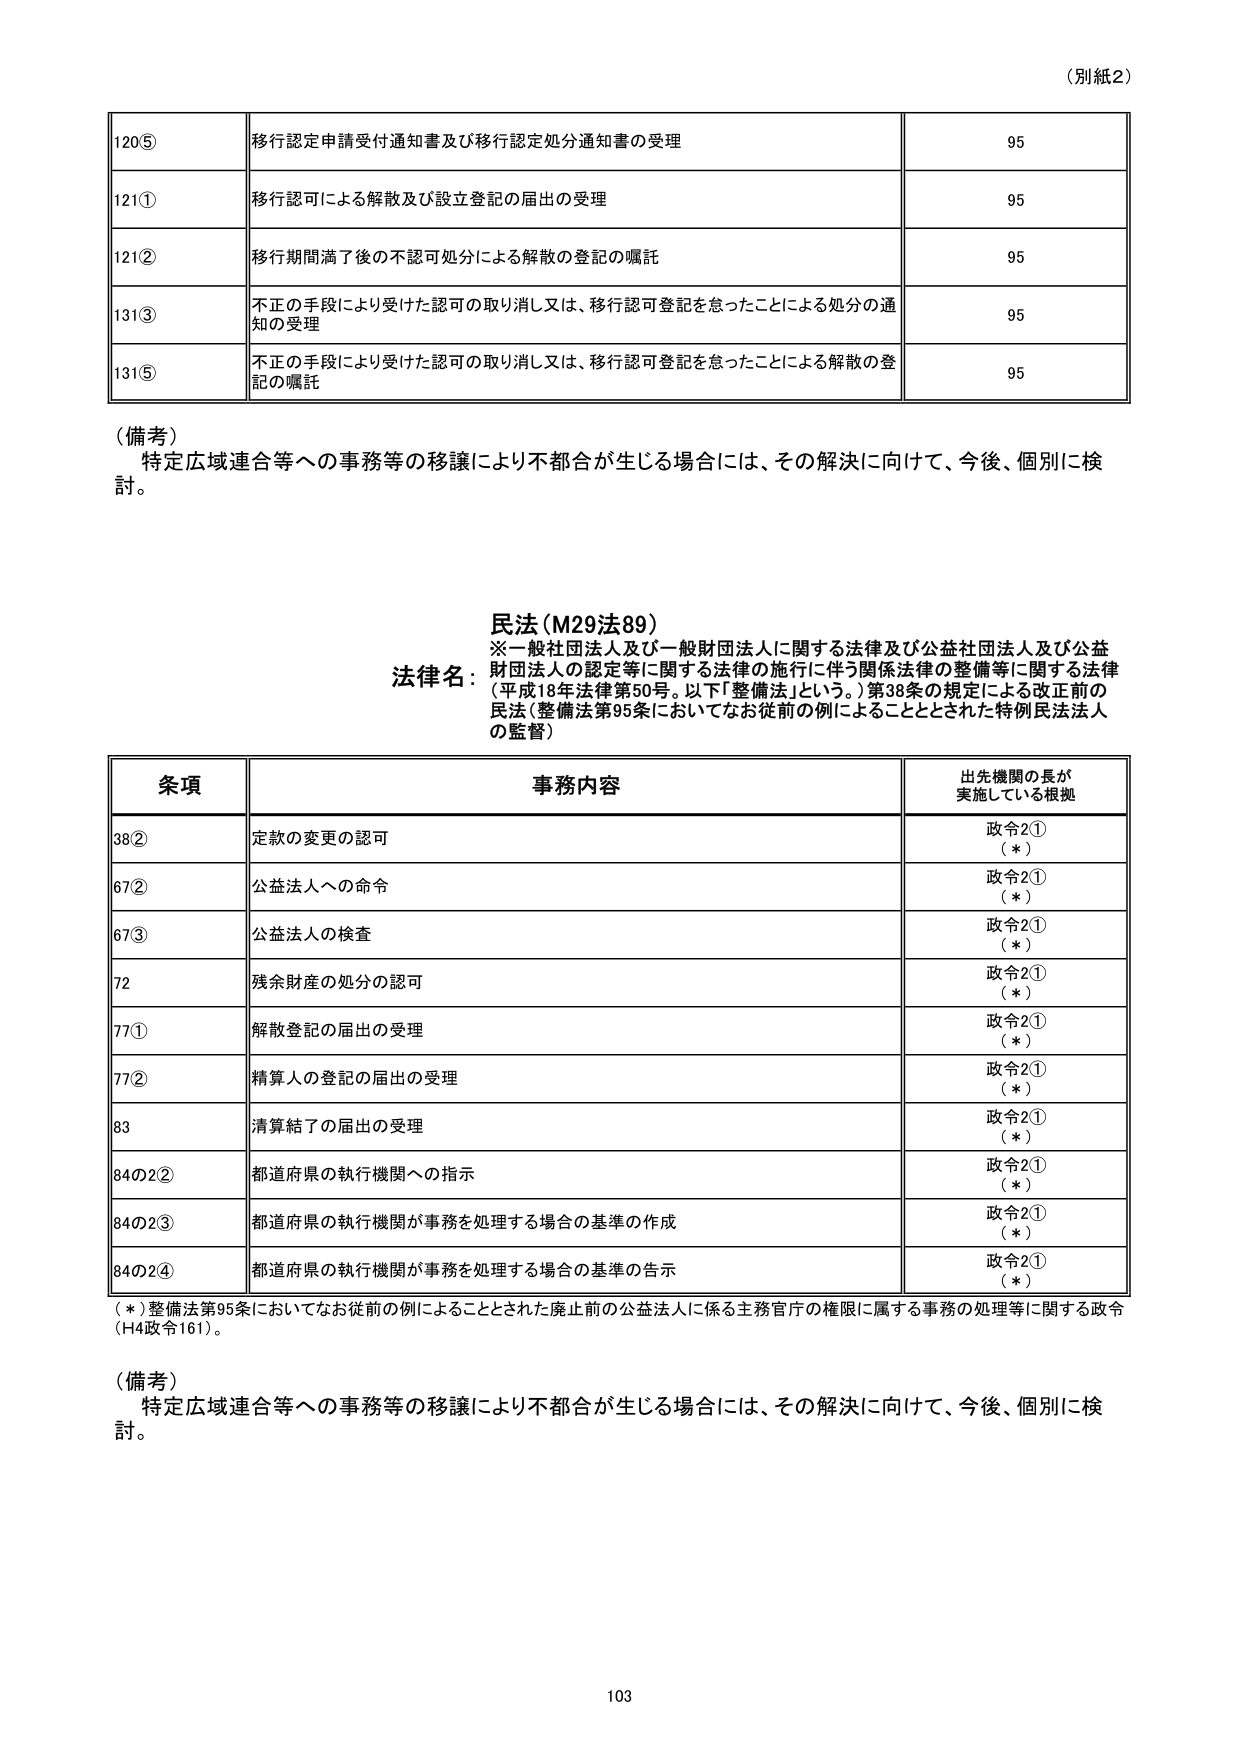
（別紙2）

120⑤ 移行認定申請受付通知書及び移行認定処分通知書の受理 95
121① 移行認可による解散及び設立登記の届出の受理 95
121② 移行期間満了後の不認可処分による解散の登記の嘱託 95
131③ 不正の手段により受けた認可の取り消し又は、移行認可登記を怠ったことによる処分の通知の受理 95
131⑤ 不正の手段により受けた認可の取り消し又は、移行認可登記を怠ったことによる解散の登記の嘱託 95

（備考）
特定広域連合等への事務等の移譲により不都合が生じる場合には、その解決に向けて、今後、個別に検討。

民法（M29法89）
※一般社団法人及び一般財団法人に関する法律及び公益社団法人及び公益財団法人の認定等に関する法律の施行に伴う関係法律の整備等に関する法律（平成18年法律第50号。以下「整備法」という。）第38条の規定による改正前の民法（整備法第95条においてなお従前の例によることとされた特別民法法人の監督）

条項 事務内容 出先機関の長が実施している根拠
38② 定款の変更の認可 政令2①（＊）
67② 公益法人への命令 政令2①（＊）
67③ 公益法人の検査 政令2①（＊）
72 残余財産の処分の認可 政令2①（＊）
77① 解散登記の届出の受理 政令2①（＊）
77② 精算人の登記の届出の受理 政令2①（＊）
83 清算結了の届出の受理 政令2①（＊）
84の2② 都道府県の執行機関への指示 政令2①（＊）
84の2③ 都道府県の執行機関が事務を処理する場合の基準の作成 政令2①（＊）
84の2④ 都道府県の執行機関が事務を処理する場合の基準の告示 政令2①（＊）

（＊）整備法第95条においてなお従前の例によることとされた廃止前の公益法人に係る主務官庁の権限に属する事務の処理等に関する政令（H4政令161）。

（備考）
特定広域連合等への事務等の移譲により不都合が生じる場合には、その解決に向けて、今後、個別に検討。

103